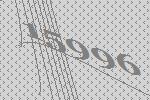
15996